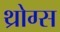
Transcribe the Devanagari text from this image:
थ्रोग्स